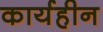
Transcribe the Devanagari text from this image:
कार्यहीन